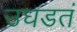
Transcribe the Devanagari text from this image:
उघडतं